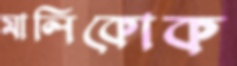
মালিকোক